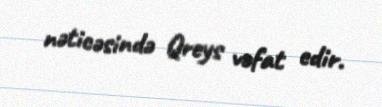
nəticəsində Qreys vəfat edir.